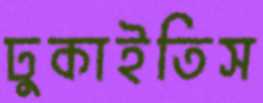
ঢুকাইতিস